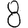
Digit: 8